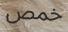
خمص